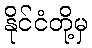
နိုင်ငံတို့မှ